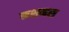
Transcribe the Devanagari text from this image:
नशनल